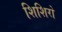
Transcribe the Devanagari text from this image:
शिशिरो